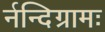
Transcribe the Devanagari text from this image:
र्नन्दिग्रामः